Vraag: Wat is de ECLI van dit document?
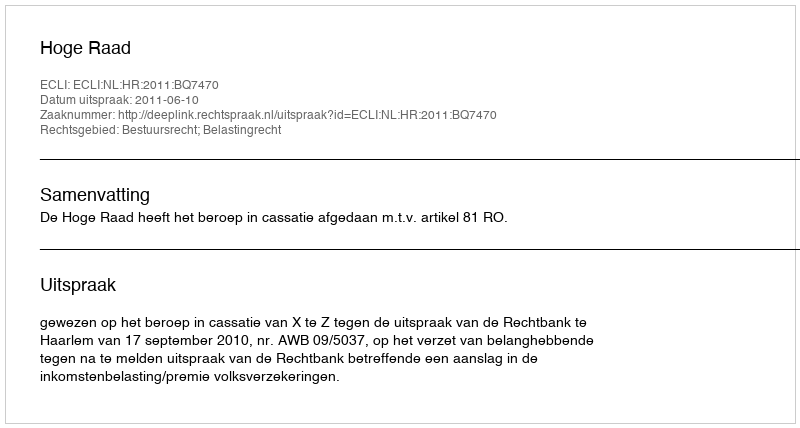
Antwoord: ECLI:NL:HR:2011:BQ7470